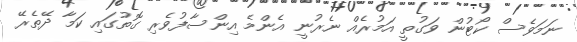
ނަމަވެސް ކޯޓުން ވަގުތީ އަމުރެއް ނެރުނީ އެންމެ އިންސާފުވެރި ގޮތުގައި ކަމާ ދޭތެރޭ